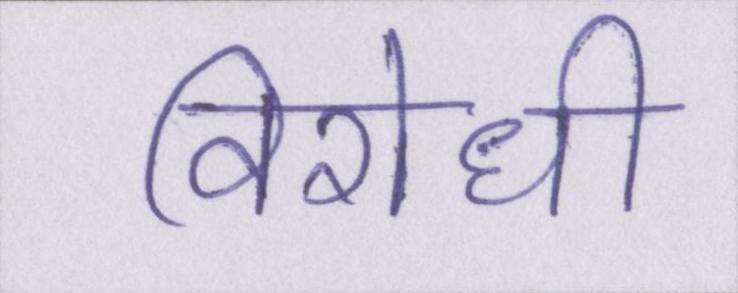
विरोधी